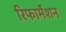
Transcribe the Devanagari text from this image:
रिफार्मेशन